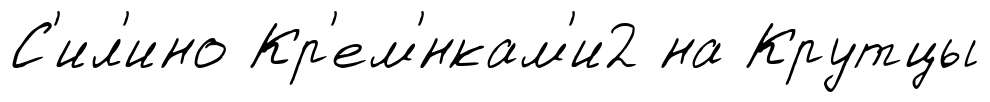
С'ил'ино Кр'ем'́нкам'и2 на Крутцы